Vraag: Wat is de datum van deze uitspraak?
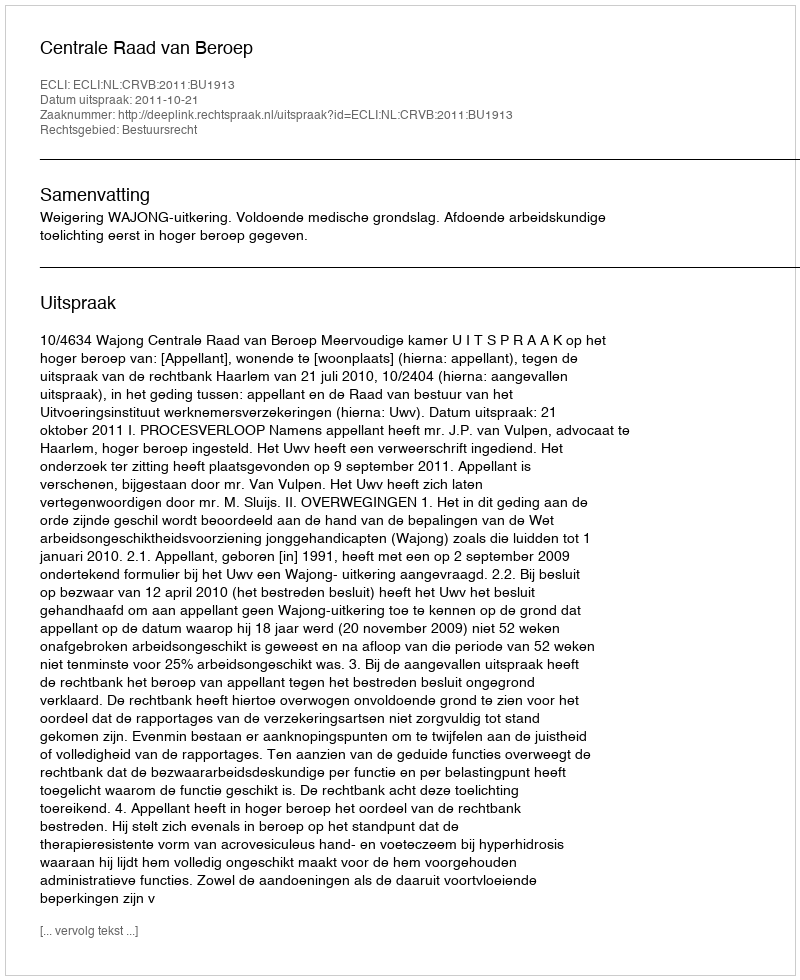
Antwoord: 2011-10-21